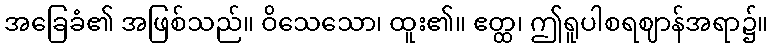
အခြေခံ၏ အဖြစ်သည်။ ဝိသေသော၊ ထူး၏။ ဧတ္ထ၊ ဤရူပါစရဈာန်အရာ၌။